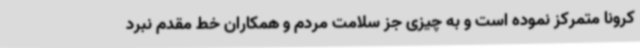
کرونا متمرکز نموده است و به چیزی جز سلامت مردم و همکاران خط مقدم نبرد